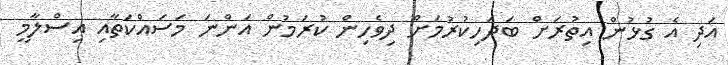
އަދި އެ ގުޅުން އިތުރަށް ބަދަހިކުރުމަށް ދިވެހިން ކުރަމުން އަންނަ މަސައްކަތާއި އިސްލާމީ